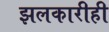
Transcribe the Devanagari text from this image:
झलकारीही